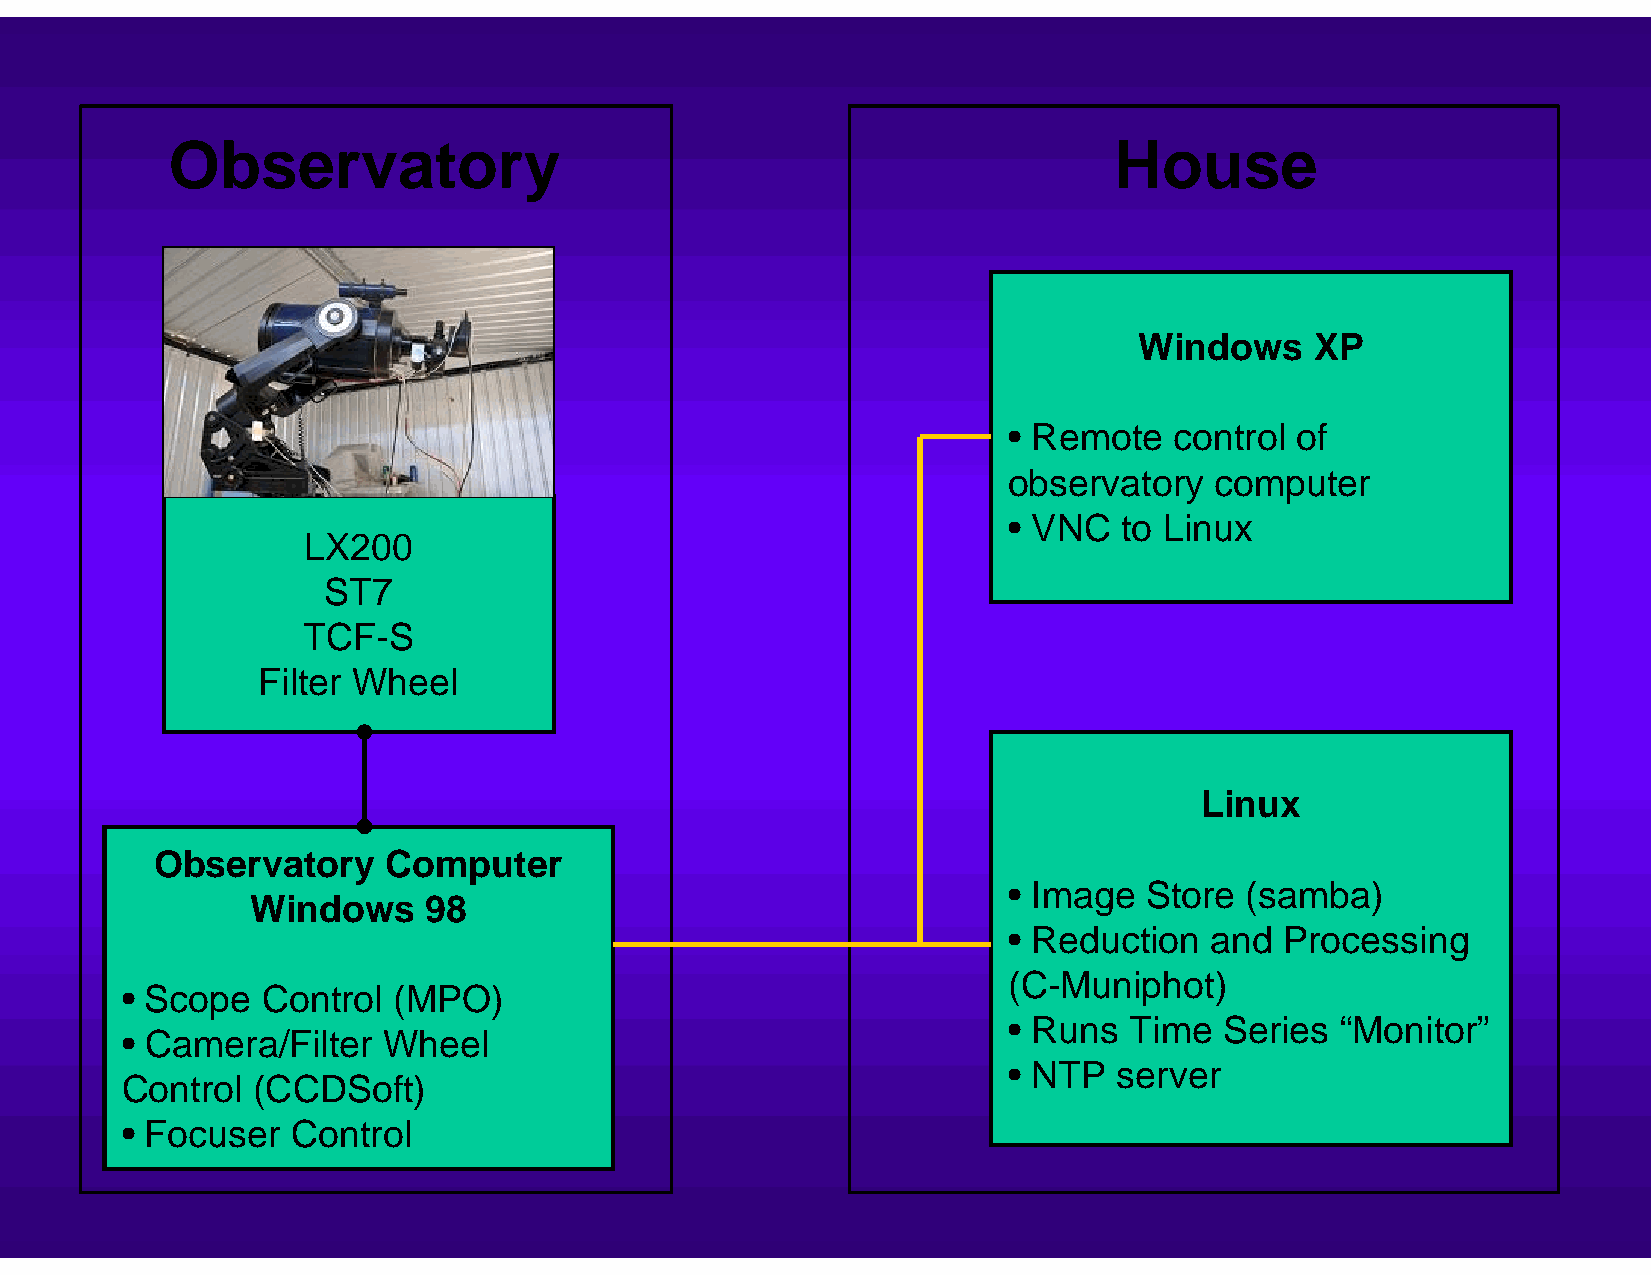
Observatory                                                    House
 Windows     XP
 • Remote   control of
 observatory  computer
 • VNC  to Linux
 LX200
 ST7
 TCF-S
 Filter Wheel
 Linux
 Observatory     Computer
 • Image  Store (samba)
 Windows    98
 • Reduction  and  Processing
 (C-Muniphot)
 • Scope  Control  (MPO)
 • Runs  Time  Series  “Monitor”
 • Camera/Filter  Wheel
 • NTP  server
 Control  (CCDSoft)
 • Focuser  Control